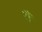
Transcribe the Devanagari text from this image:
यैं